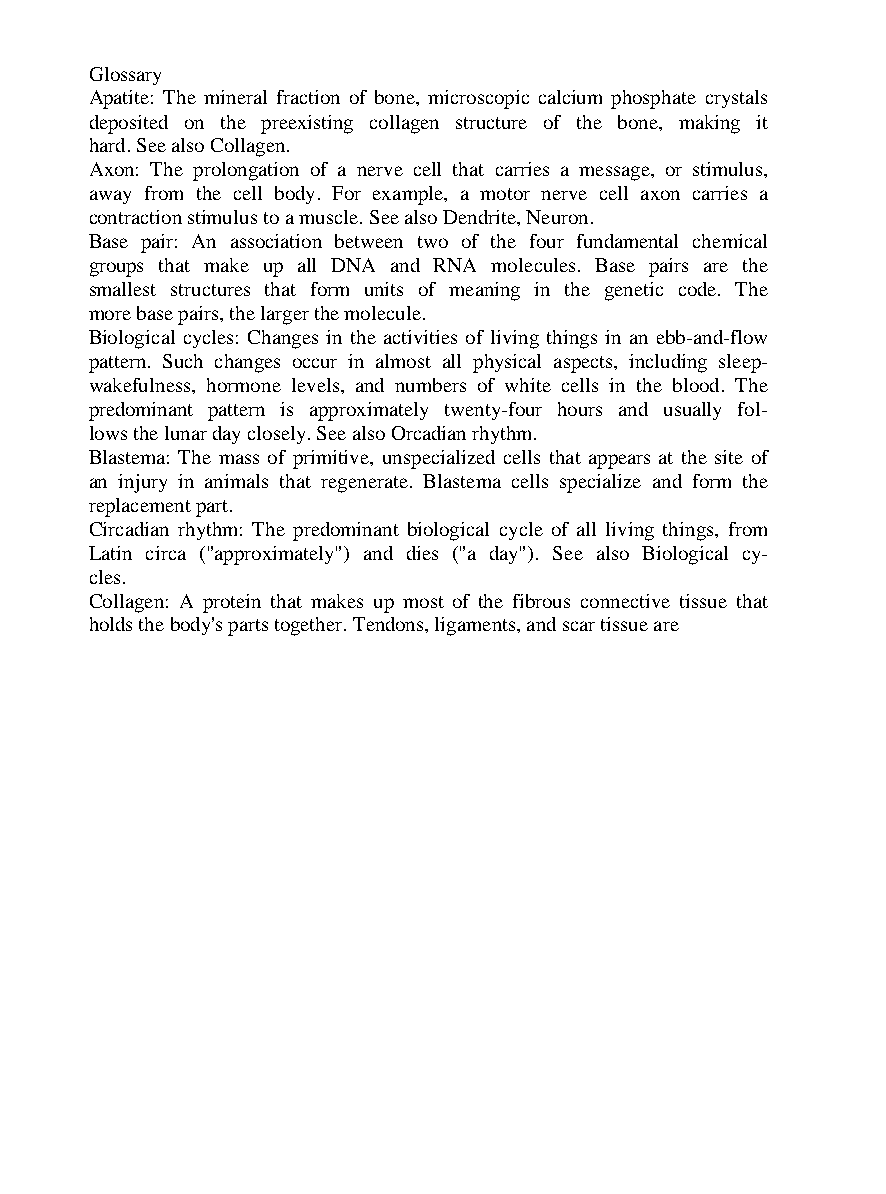
Glossary
 Apatite: The mineral fraction of bone, microscopic calcium phosphate crystals
 deposited on the preexisting collagen structure of the bone, making it
 hard. See also Collagen.
 Axon: The prolongation of a nerve cell that carries a message, or stimulus,
 away from the cell body. For example, a motor nerve cell axon carries a
 contraction stimulus to a muscle. See also Dendrite, Neuron.
 Base pair: An association between two of the four fundamental chemical
 groups that make up all DNA and RNA molecules. Base pairs are the
 smallest structures that form units of meaning in the genetic code. The
 more base pairs, the larger the molecule.
 Biological cycles: Changes in the activities of living things in an ebb-and-flow
 pattern. Such changes occur in almost all physical aspects, including sleep-
 wakefulness, hormone levels, and numbers of white cells in the blood. The
 predominant pattern is approximately twenty-four hours and usually fol-
 lows the lunar day closely. See also Orcadian rhythm.
 Blastema: The mass of primitive, unspecialized cells that appears at the site of
 an injury in animals that regenerate. Blastema cells specialize and form the
 replacement part.
 Circadian rhythm: The predominant biological cycle of all living things, from
 Latin circa ("approximately") and dies ("a day"). See also Biological cy-
 cles.
 Collagen: A protein that makes up most of the fibrous connective tissue that
 holds the body's parts together. Tendons, ligaments, and scar tissue are